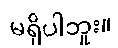
မရှိပါဘူး။